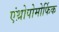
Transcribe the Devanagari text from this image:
एंथ्रोपोमोर्फिक